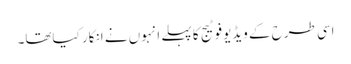
اسی طرح کے ویڈیوفوٹیج کا پہلے انہوں نے انکار کیاتھا۔